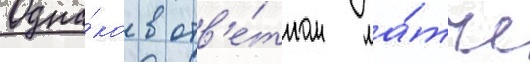
Одна́ко в отв'е́тном ма́тче